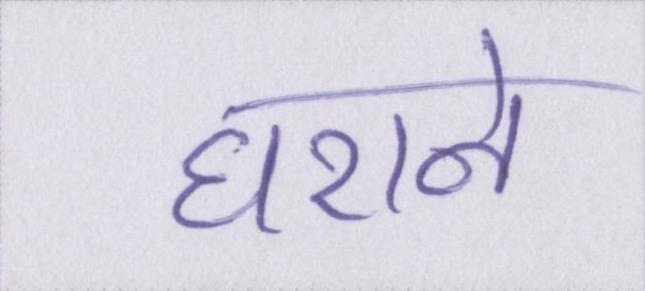
घराने